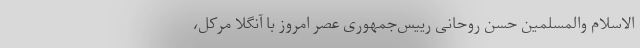
الاسلام والمسلمین حسن روحانی رییس‌جمهوری عصر امروز با آنگلا مرکل،